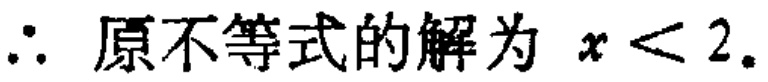
\(\therefore\) 原不等式的解为 \(x < 2\).